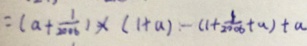
= ( a + \frac { 1 } { 2 0 0 6 } ) \times ( 1 + a ) - ( 1 + \frac { 1 } { 2 0 0 6 } + a ) + a